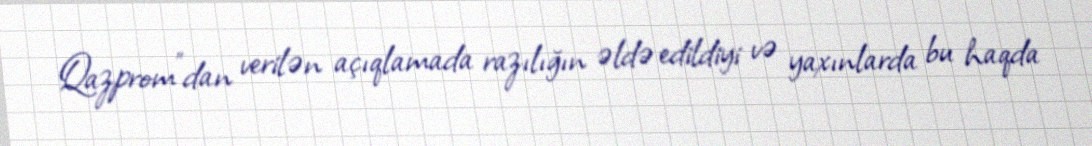
Qazprom"dan verilən açıqlamada razılığın əldə edildiyi və yaxınlarda bu haqda